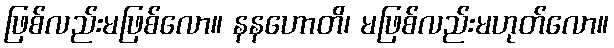
ဖြစ်လည်းမဖြစ်လော။ နနဟောတိ၊ မဖြစ်လည်းမဟုတ်လော။